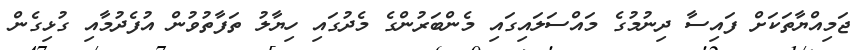
ޖަމިއްޔާތަކަށް ފައިސާ ދިނުމުގެ މައްސަލައިގައި މެންބަރުންގެ މެދުގައި ހިޔާލު ތަފާތުވުން އުފެދުމާއި ގުޅިގެން